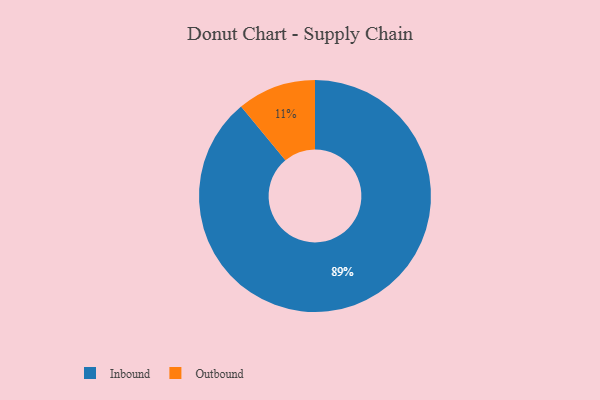
{"axis": {"x": "Category", "y": "Percentage"}, "legend": ["Inbound", "Outbound"], "data": [{"x": "Outbound", "y": 11, "type": "Outbound"}, {"x": "Inbound", "y": 89, "type": "Inbound"}]}